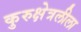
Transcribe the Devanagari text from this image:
कुरुक्षेत्रलीला